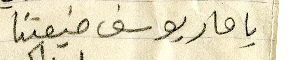
يا مار يوسف ضيعتنا